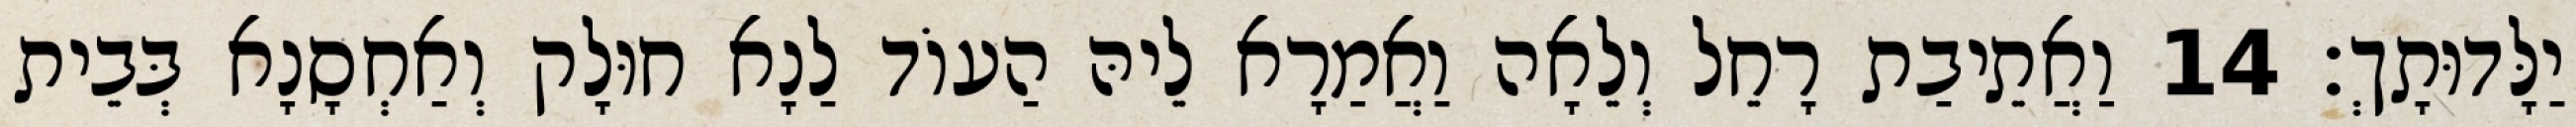
יַלָּדוּתָךְ׃ 14 וַאֲתֵיבַת רָחֵל וְלֵאָה וַאֲמַרָא לֵיהּ הַעוֹד לַנָא חוּלָק וְאַחְסָנָא בְּבֵית